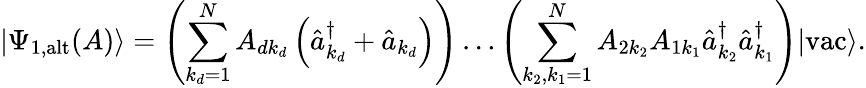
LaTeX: \left|\Psi_{\textrm{1,alt}}(A)\right\rangle=\left(\sum_{k_{d}=1}^{N}A_{dk_{d}}\left(\hat{a}_{k_{d}}^{\dagger}+\hat{a}_{k_{d}}\right)\right)\ldots\left(\sum_{k_{2},k_{1}=1}^{N}A_{2k_{2}}A_{1k_{1}}\hat{a}_{k_{2}}^{\dagger}\hat{a}_{k_{1}}^{\dagger}\right)|\textrm{vac}\rangle.